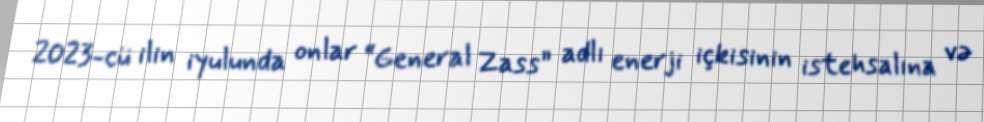
2023-cü ilin iyulunda onlar “General Zass” adlı enerji içkisinin istehsalına və